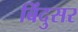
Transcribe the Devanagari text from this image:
बिंदुसर